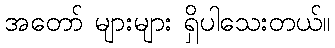
အတော် များများ ရှိပါသေးတယ်။